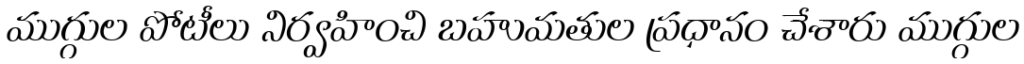
ముగ్గుల పోటీలు నిర్వహించి బహుమతుల ప్రధానం చేశారు ముగ్గుల